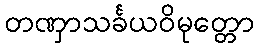
တဏှာသင်္ခယဝိမုတ္တော